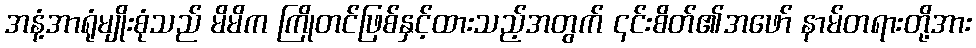
အနံ့အာရုံမျိုးစုံသည် မိမိက ကြိုတင်ဖြစ်နှင့်ထားသည့်အတွက် ၎င်းစိတ်၏အဖော် နာမ်တရားတို့အား